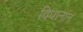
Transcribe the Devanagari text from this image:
विधानांन